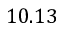
1 0 . 1 3